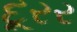
દૂરર